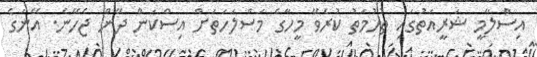
އިސްލާމީ ޝަރީއަތުގައި ތުހުމަތު ކުރެވޭ މީހާގެ މަސްލަހަތަށް އިސްކަން ދޭން ޖެހޭނެ. އޭނަގެ